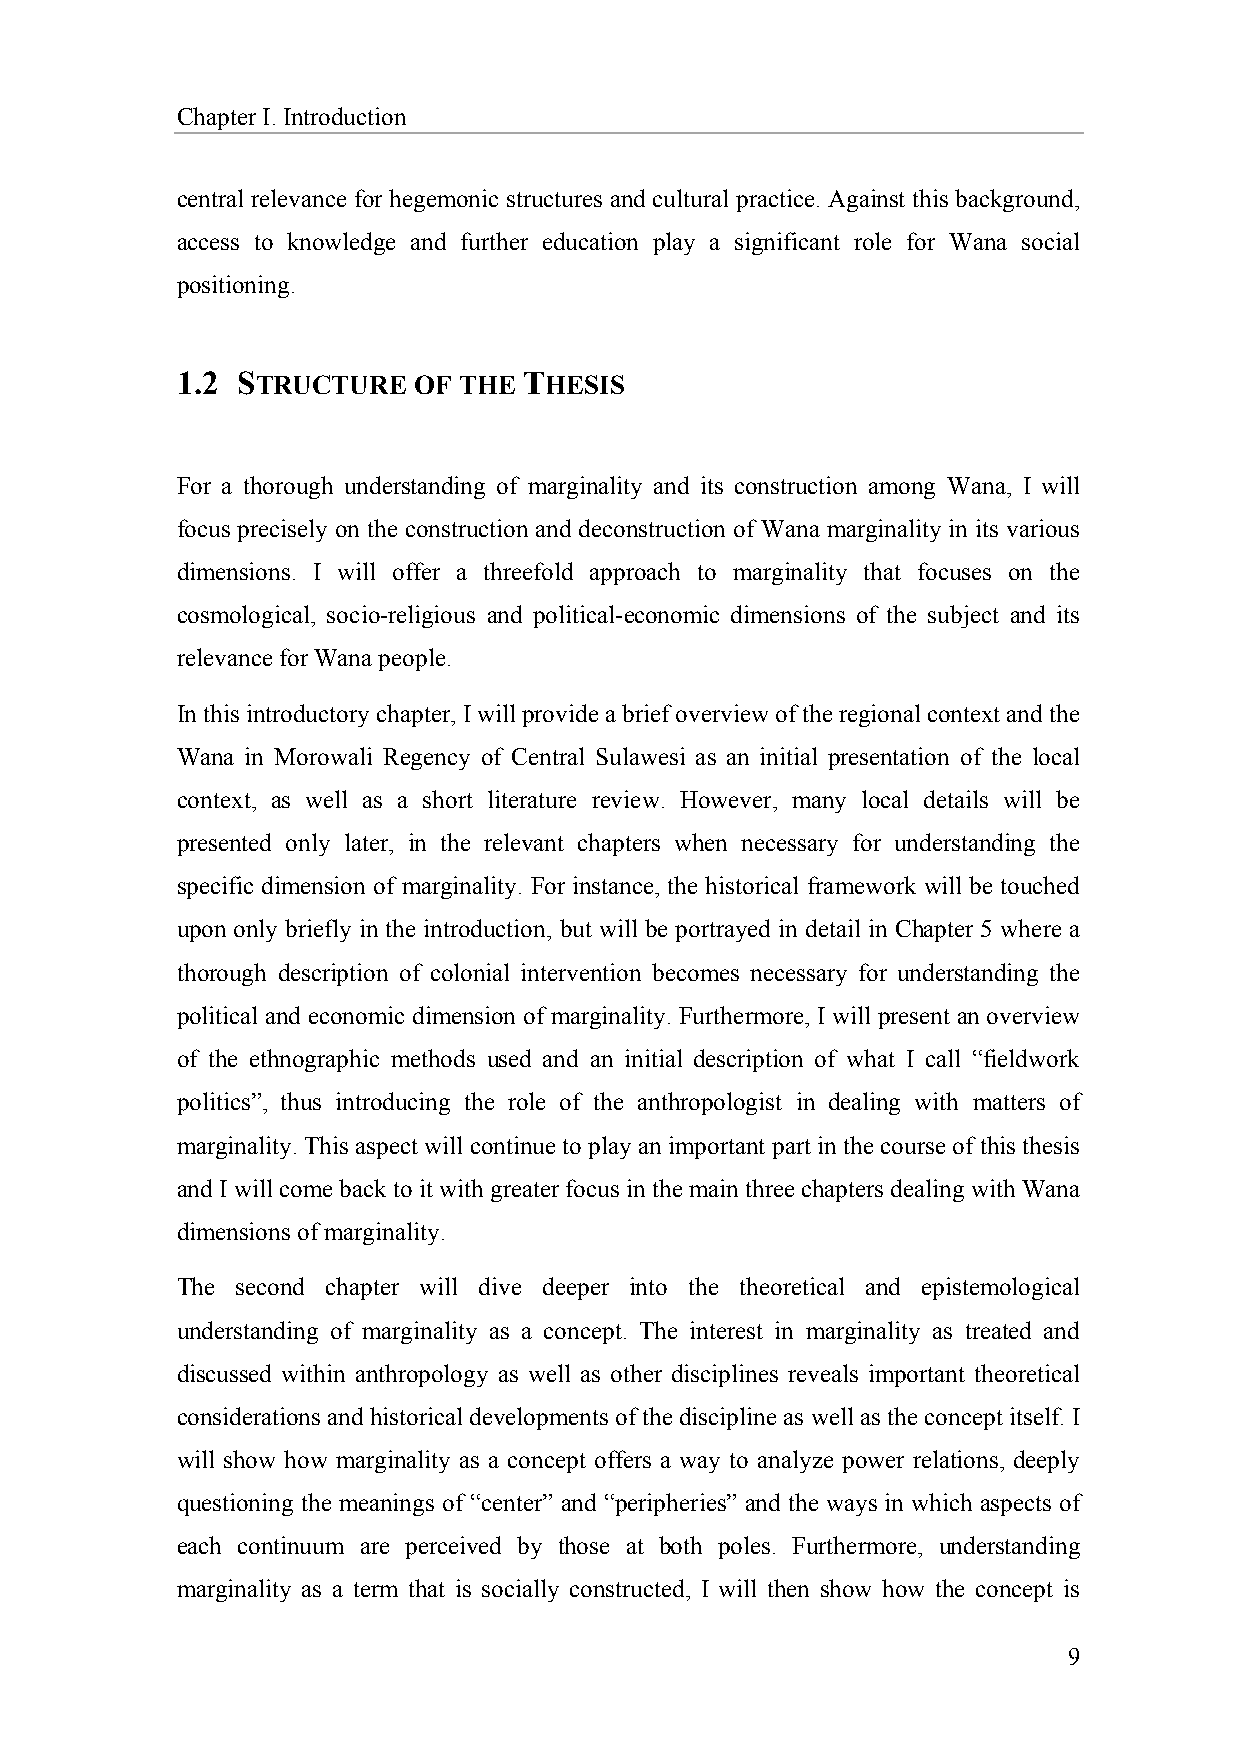
Chapter I. Introduction
 central relevance for hegemonic structures and cultural practice. Against this background,
 access to knowledge and further education play a significant role for Wana social
 positioning.
 1.2 STRUCTURE  OF THE  THESIS
 For a thorough understanding of marginality and its construction among Wana, I will
 focus precisely on the construction and deconstruction of Wana marginality in its various
 dimensions. I will offer a threefold approach to marginality that focuses on the
 cosmological, socio-religious and political-economic dimensions of the subject and its
 relevance for Wana people.
 In this introductory chapter, I will provide a brief overview of the regional context and the
 Wana in Morowali Regency of Central Sulawesi as an initial presentation of the local
 context, as well as a short literature review. However, many local details will be
 presented only later, in the relevant chapters when necessary for understanding the
 specific dimension of marginality. For instance, the historical framework will be touched
 upon only briefly in the introduction, but will be portrayed in detail in Chapter 5 where a
 thorough description of colonial intervention becomes necessary for understanding the
 political and economic dimension of marginality. Furthermore, I will present an overview
 of the ethnographic methods used and an initial description of what I call “fieldwork
 politics”, thus introducing the role of the anthropologist in dealing with matters of
 marginality. This aspect will continue to play an important part in the course of this thesis
 and I will come back to it with greater focus in the main three chapters dealing with Wana
 dimensions of marginality.
 The second chapter will dive deeper into the theoretical and epistemological
 understanding of marginality as a concept. The interest in marginality as treated and
 discussed within anthropology as well as other disciplines reveals important theoretical
 considerations and historical developments of the discipline as well as the concept itself. I
 will show how marginality as a concept offers a way to analyze power relations, deeply
 questioning the meanings of “center” and “peripheries” and the ways in which aspects of
 each continuum are perceived by those at both poles. Furthermore, understanding
 marginality as a term that is socially constructed, I will then show how the concept is
 9